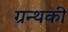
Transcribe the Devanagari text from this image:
ग्रन्थकी